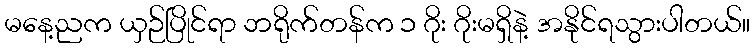
မနေ့ညက ယှဉ်ပြိုင်ရာ ဘရိုက်တန်က ၁ ဂိုး ဂိုးမရှိနဲ့ အနိုင်ရသွားပါတယ်။